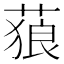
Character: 𦵧